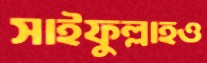
সাইফুল্লাহও